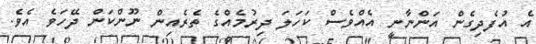
އެ އުފެދިގެން އަންނާނީ އެއްވެސް ކަހަލަ ދިރުމެއްގެ ތެރެއިން ނޫންކަން ދޭހަވެ އެވެ.